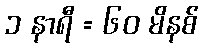
၁ နာရီ = ၆၀ မိနစ်